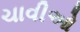
ચાવીઓ